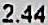
2.44